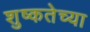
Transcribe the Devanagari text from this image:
शुष्कतेच्या